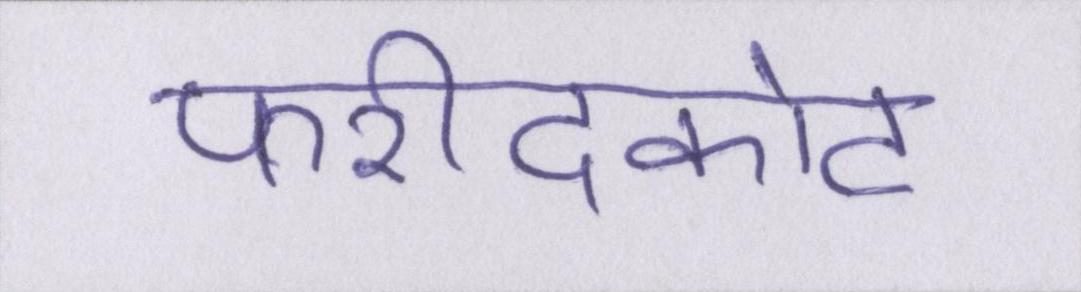
फरीदकोट